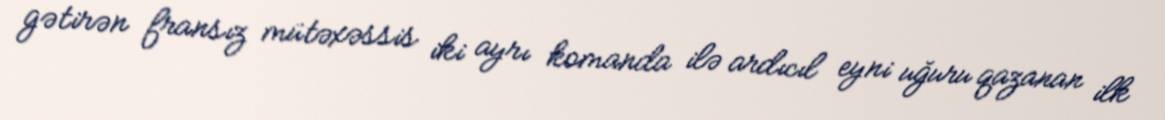
gətirən fransız mütəxəssis iki ayrı komanda ilə ardıcıl eyni uğuru qazanan ilk